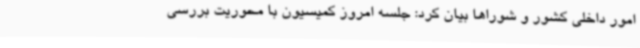
امور داخلی کشور و شوراها بیان کرد: جلسه امروز کمیسیون با محوریت بررسی